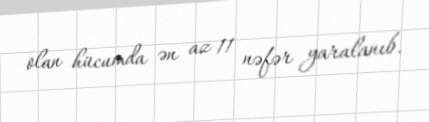
olan hücumda ən az 11 nəfər yaralanıb.